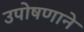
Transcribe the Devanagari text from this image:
उपोषणाने